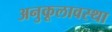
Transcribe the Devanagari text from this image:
अनुकूलावस्था